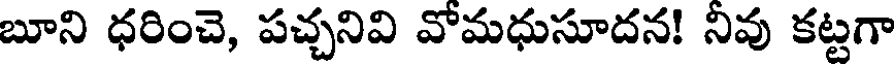
బూని ధరించె, పచ్చనివి వోమధుసూదన! నివు కట్టగా